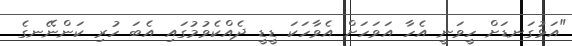
"އަޅުގަނޑަށް ހީވަނީ އެހާ އަވަހަށް އެވާހަކަ ޑީޑީ ދެއްކެވުމުގައި އެބަ ހުރި ކަންނޭނގެ